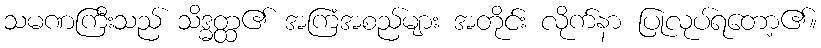
သမဏကြီးသည် သိဒ္ဓတ္ထ၏ အကြံအစည်များ အတိုင်း လိုက်နာ ပြုလုပ်ရတော့၏။